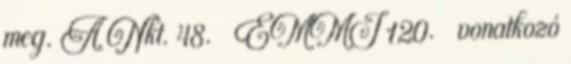
meg. A Nkt. 48. § EMMI 120. § vonatkozó